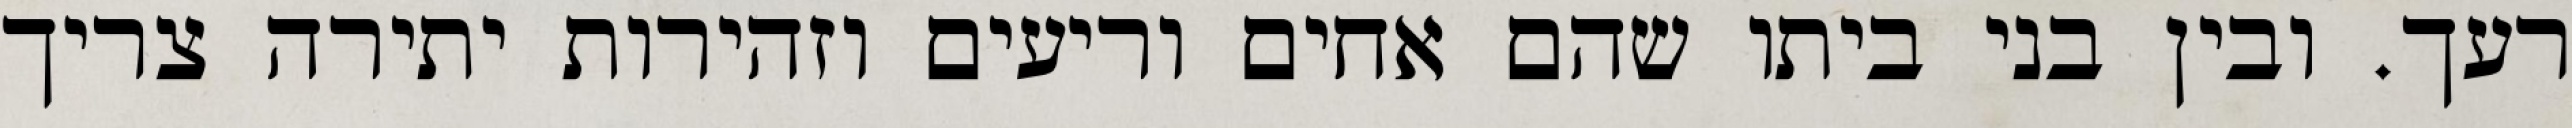
רעך. ובין בני ביתו שהם אחים וריעים וזהירות יתירה צריך